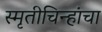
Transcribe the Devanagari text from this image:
स्मृतीचिन्हांचा